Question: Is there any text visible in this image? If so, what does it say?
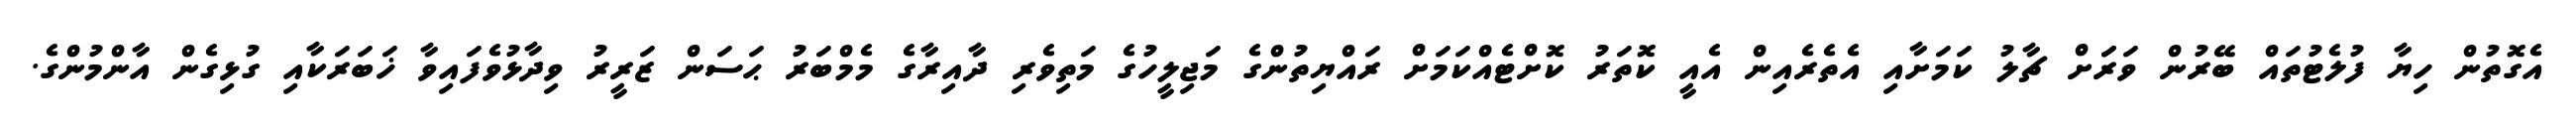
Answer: އެގޮތުން ހިޔާ ފުލެޓުތައް ބޭރުން ވަރަަށް ޗާލު ކަމަށާއި އެތެރެއިން އެއީ ކޮތަރު ކޮށްޓެއްކަމަށް ރައްޔިތުންގެ މަޖިލީހުގެ މަތިވެރި ދާއިރާގެ މެމްބަރު ޙަސަން ޒަރީރު ވިދާޅުވެފައިވާ ޚަބަރަކާއި ގުޅިގެން އާންމުންގެ.